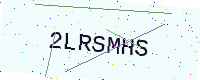
Text: 2LRSMHS